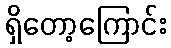
ရှိတော့ကြောင်း